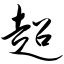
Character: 超